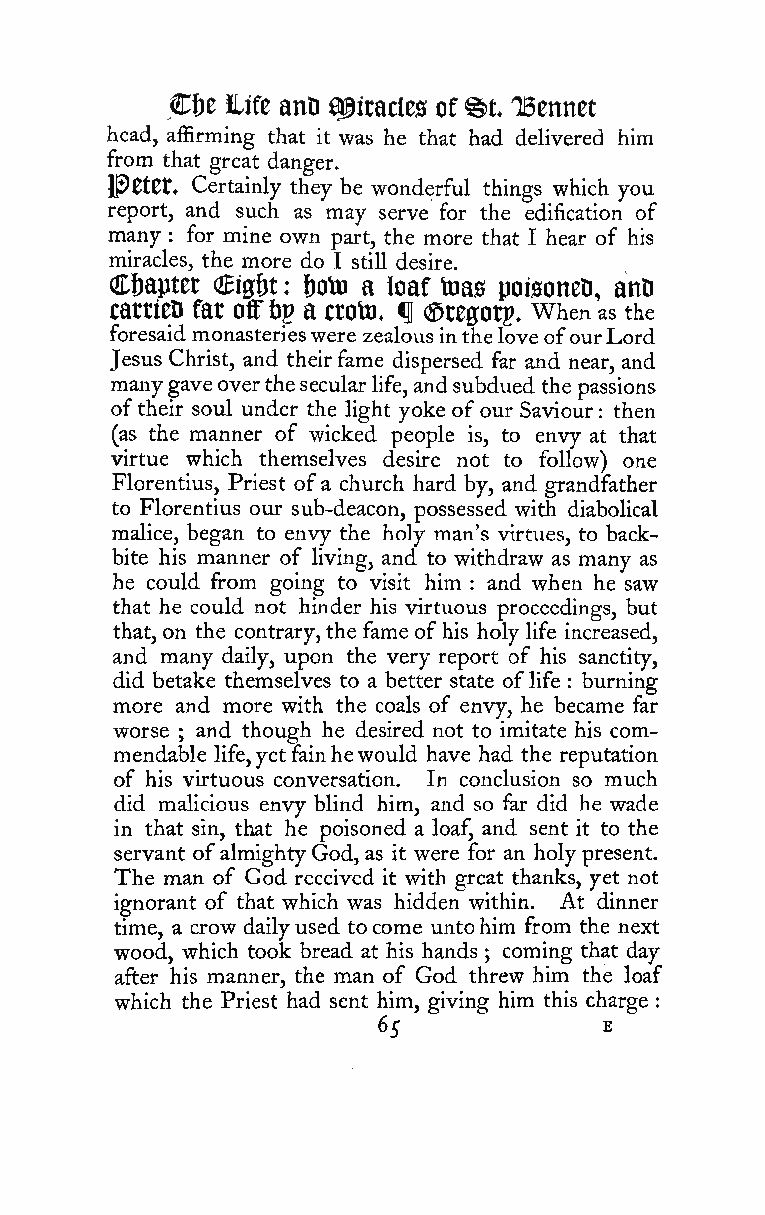
€fit life anD piracies of ^t OBennet
 head, affirming that it was he that had delivered him
 from that great danger.
 l^CtCt. Certainly they be wonderful things which you
 report, and such as may serve for the edification of
 many : for mine own part, the more that I hear of his
 miracles, the more do I still desire.
 Cfjaptct eiffbt : f)oto a loaf tnas poisoneD, anD
 cattieD far offfig a croto. ^ (Stegorg. when as the
 foresaid monasterieswere zealous intheloveofourLord
 Jesus Christ, and theirfame dispersed far and near, and
 manygaveoverthesecularlife, andsubdued the passions
 oftheir soul under the light yoke ofour Saviour then
 :
 (as the manner of wicked people is, to envy at that
 virtue which themselves desire not to follow) one
 Florentius, Priest ofa church hard by, and grandfather
 to Florentius our sub-deacon, possessed with diabolical
 malice, began to envy the holy man's virtues, to back-
 bite his manner of living, and to withdraw as many as
 he could from going to visit him and when he saw
 :
 that he could not hinder his virtuous proceedings, but
 that, on the contrary,the fameofhis holy life increased,
 and many daily, upon the very report of his sanctity,
 did betake themselves to a better state oflife
 :
 burning
 more and more with the coals of envy, he became far
 worse and though he desired not to imitate his com-
 ;
 mendable life,yetfainhewould have had the reputation
 of his virtuous conversation. In conclusion so much
 did malicious envy blind him, and so far did he wade
 in that sin, that he poisoned a loaf, and sent it to the
 servant ofalmightyGod, as it were for an holy present.
 The man of God received it with great thanks, yet not
 ignorant of that which was hidden within. At dinner
 time, a crow dailyused tocome untohim from the next
 wood, which took bread at his hands coming that day
 ;
 after his manner, the man of God threw him the loaf
 which the Priest had sent him, giving him this charge
 :
 65             E